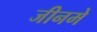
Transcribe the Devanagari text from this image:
जीनमे